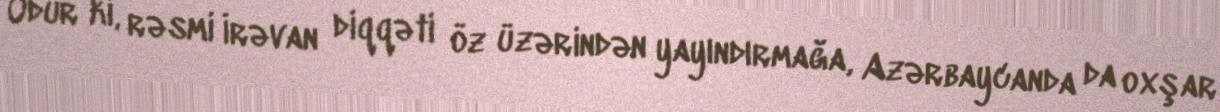
Odur ki, rəsmi İrəvan diqqəti öz üzərindən yayındırmağa, Azərbaycanda da oxşar